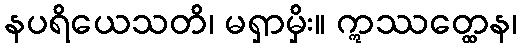
နပရိယေသတိ၊ မရှာမှိး။ ဣဿတ္ထေန၊